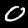
Digit: 0